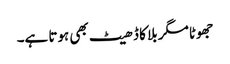
جھوٹا مگر بلا کا ڈھیٹ بھی ہوتا ہے۔